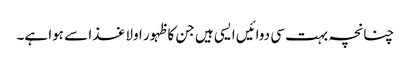
چنانچہ بہت سی دوائیں ایسی ہیں جن کا ظہور اولا غذا سے ہوا ہے۔